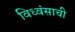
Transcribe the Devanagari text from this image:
विध्वंसाची